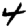
Digit: 4